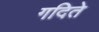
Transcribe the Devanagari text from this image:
गदिते